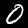
Digit: 0